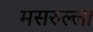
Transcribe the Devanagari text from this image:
मसरुल्ला